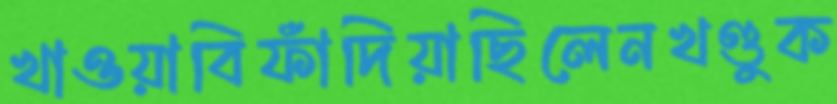
খাওয়াবিফাঁদিয়াছিলেনখণ্ডুক